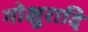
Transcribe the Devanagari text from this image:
गोक्षुरादि